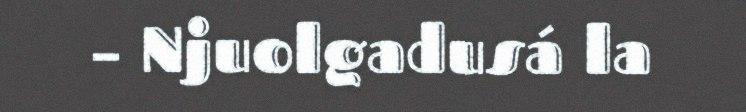
– Njuolgadusá la